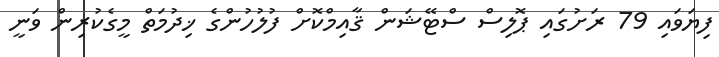
ފިޔަވައި 79 ރަށުގައި ޕޮލިސް ސްޓޭޝަން ޤާއިމްކޮށް ފުލުހުންގެ ޚިދުމަތް މީގެކުރިން ވަނީ